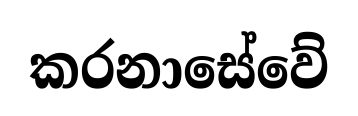
කරනාසේවේ